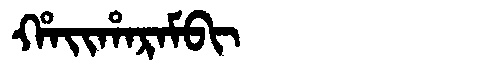
Manchu: ᡥᠠᡳᡥᠠᡵᠠᠮᠪᡳ
Romanization: HAIHARAMBI